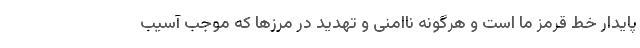
پایدار خط قرمز ما است و هرگونه ناامنی و تهدید در مرزها که موجب آسیب